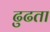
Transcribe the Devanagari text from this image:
ढुढता